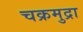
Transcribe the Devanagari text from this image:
चक्रमुद्रा